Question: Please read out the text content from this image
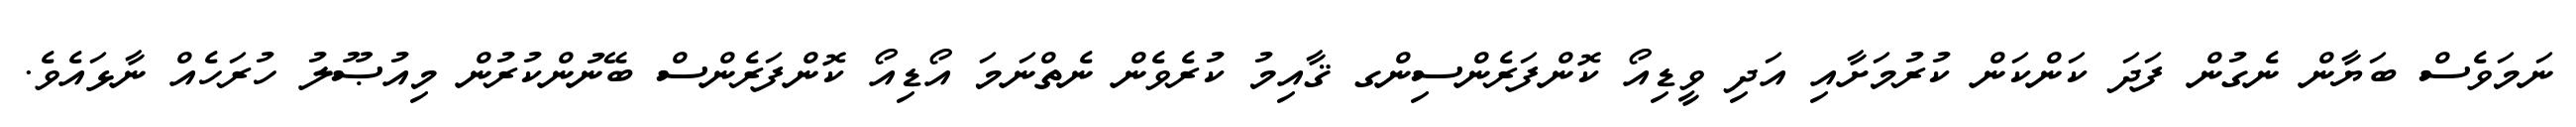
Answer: ނަމަވެސް ބަޔާން ނެގުން ފަދަ ކަންކަން ކުރުމަށާއި އަދި ވީޑިއޯ ކޮންފަރެންސިންގ ޤާއިމު ކުރެވެން ނެތްނަމަ އޯޑިއޯ ކޮންފަރެންސް ބޭނުންކުރުން މިއުޞޫލު ހުރަހެއް ނާޅައެވެ.